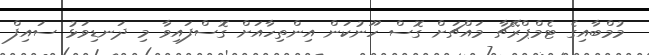
މުމްބާއިގެ ޓެމްޕްރޭޗާ މައްޗަށް ގޮސް ހޫނުކަން އިންތިހާއަށް ގޮސްފައިވާ މި ދަނޑިވަޅު ސައިފް